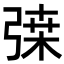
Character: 𢐇